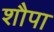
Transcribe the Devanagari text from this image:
शौपा